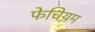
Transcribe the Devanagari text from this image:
फेचियम